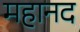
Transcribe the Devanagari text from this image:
महानद